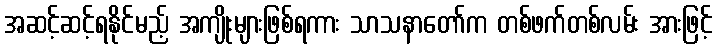
အဆင့်ဆင့်ရနိုင်မည့် အကျိုးများဖြစ်ရကား သာသနာတော်က တစ်ဖက်တစ်လမ်း အားဖြင့်